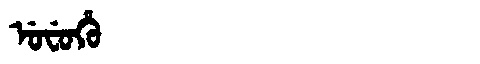
Manchu: ᡠᠸᡠᡥᡠ
Romanization: UFUHU